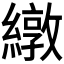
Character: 𫄃